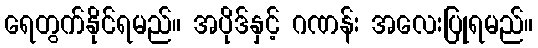
ရေတွက်နိုင်ရမည်။ အပိုဒ်နှင့် ဂဏန်း အလေးပြုရမည်။